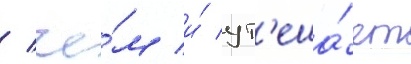
/ че́м и́ ут'еша́ет